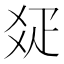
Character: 𤕟